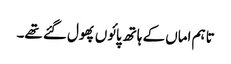
تاہم اماں کے ہاتھ پائوں پھول گئے تھے۔